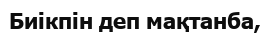
Биікпін деп мақтанба,